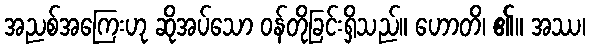
အညစ်အကြေးဟု ဆိုအပ်သော ဝန်တိုခြင်းရှိသည်။ ဟောတိ၊ ၏။ အဿ၊